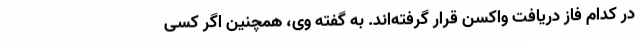
در کدام فاز دریافت واکسن قرار گرفته‌اند. به گفته وی، همچنین اگر کسی